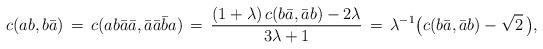
LaTeX: \begin{align*} c(ab,b\bar{a}) \, = \, c(ab\bar{a}\bar{a},\bar{a}\bar{a}\bar{b}a) \, = \, \frac{(1+\lambda)\, c(b\bar{a},\bar{a} b)-2\lambda}{3\lambda+1} \, = \, \lambda^{-1}\bigl(c(b\bar{a},\bar{a}b)-\sqrt{2}\,\bigr),\end{align*}